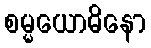
စမ္မယောဓိနော